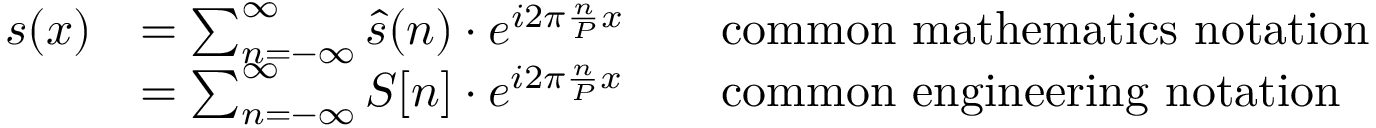
{ \begin{array} { r l r l } { s ( x ) } & { = \sum _ { n = - \infty } ^ { \infty } { \hat { s } } ( n ) \cdot e ^ { i 2 \pi { \frac { n } { P } } x } } & & { { \mathrm { c o m m o n ~ m a t h e m a t i c s ~ n o t a t i o n } } } \\ & { = \sum _ { n = - \infty } ^ { \infty } S [ n ] \cdot e ^ { i 2 \pi { \frac { n } { P } } x } } & & { { \mathrm { c o m m o n ~ e n g i n e e r i n g ~ n o t a t i o n } } } \end{array} }